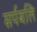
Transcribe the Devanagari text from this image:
सर्पबलि